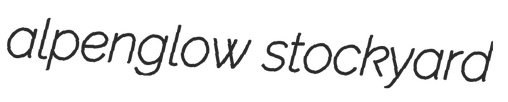
alpenglow stockyard